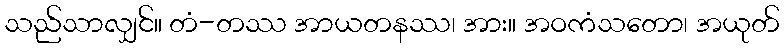
သည်သာလျှင်။ တံ-တဿ အာယတနဿ၊ အား။ အဝကံသတော၊ အယုတ်